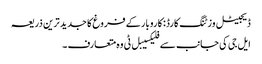
ڈیجیٹل وزٹنگ کارڈ: کاروبار کے فروغ کا جدید ترین ذریعہ
ایل جی کی جانب سے فلیکسیبل ٹی وہ متعارف ۔